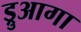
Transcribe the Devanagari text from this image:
ड्रुआगा